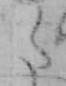
た